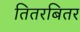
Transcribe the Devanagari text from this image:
तितरबितर